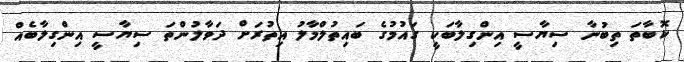
ކޮބާތަ ތިބުނާ ސިޔާސީ އިންގިލާބަކީ ގައުމުގެ ބައިތުލްމާލު އިތުރަށް ދަވާލުންތަ ސިޔާސީ އިންގިލާބެއް